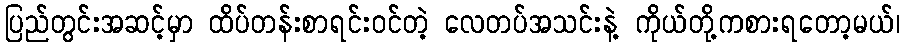
ပြည်တွင်းအဆင့်မှာ ထိပ်တန်းစာရင်းဝင်တဲ့ လေတပ်အသင်းနဲ့ ကိုယ်တို့ကစားရတော့မယ်၊